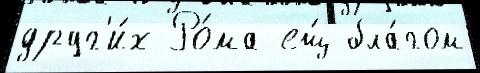
друг'и́х Ро́ма ещ́ бла́гом